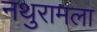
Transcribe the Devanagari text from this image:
नथुरामला